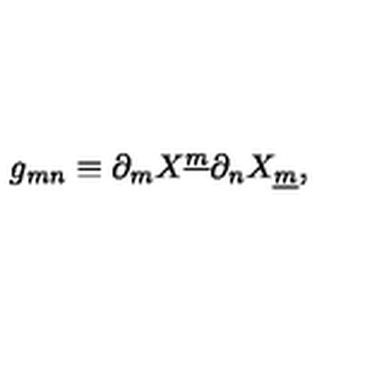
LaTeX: g _ { m n } \equiv \partial _ { m } X ^ { \underline { { m } } } \partial _ { n } X _ { \underline { { m } } } ,